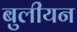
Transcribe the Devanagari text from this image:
बुलीयन